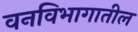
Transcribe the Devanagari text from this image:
वनविभागातील